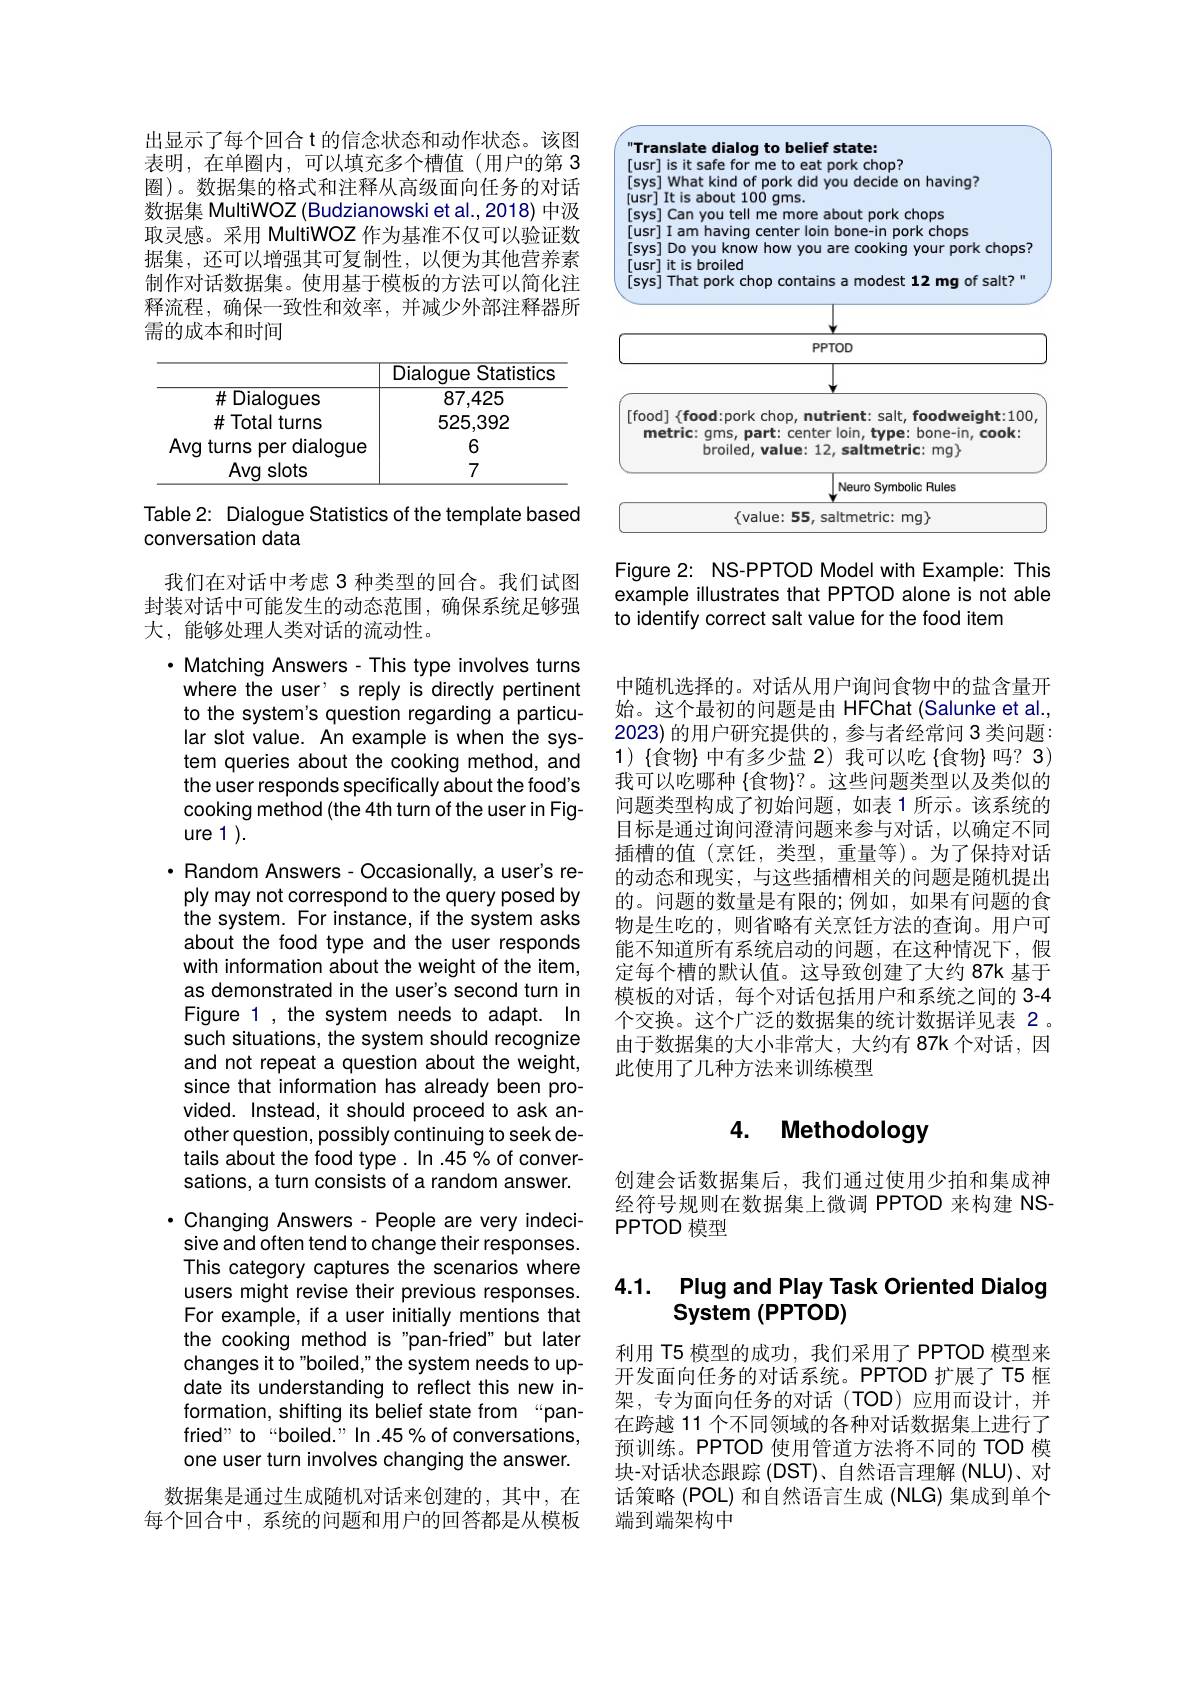
出显示了每个回合 t 的信念状态和动作状态。该图表明，在单圈内，可以填充多个槽值(用户的第 3圈)。数据集的格式和注释从高级面向任务的对话数据集 MultiWOZ (Budzianowski et al.,2018) 中汲取灵感。采用 MultiWOZ 作为基准不仅可以验证数据集，还可以增强其可复制性，以便为其他营养素制作对话数据集。使用基于模板的方法可以简化注释流程，确保一致性和效率，并减少外部注释器所需的成本和时间

<table>
	<tbody>
		<tr>
			<th> </th>
			<th>Dialogue Statistics</th>
		</tr>
		<tr>
			<td>$\#$Dialogues</td>
			<td>87,425</td>
		</tr>
		<tr>
			<td>$\#$Total turns</td>
			<td>525,392</td>
		</tr>
		<tr>
			<td>Avq turns per dialoque</td>
			<td>6</td>
		</tr>
		<tr>
			<td>Avg slots</td>
			<td>7</td>
		</tr>
	</tbody>
</table>

Table 2: Dialogue Statistics of the template based
conversation data

我们在对话中考虑 3 种类型的回合。我们试图封装对话中可能发生的动态范围，确保系统足够强大，能够处理人类对话的流动性。

$\cdot$ Matching Answers- This type involves turns where the user' s reply is directly pertinent to the system's question regarding a particular slot value. An example is when the system queries about the cooking method, and the user responds specifically about the food's cooking method (the 4th turn of the user in Figure 1 ).
$\cdot$ Random Answers- Occasionally, a user's reply may not correspond to the query posed by the system. For instance, if the system asks about the food type and the user responds with information about the weight of the item, as demonstrated in the user's second turn in Figure 1 , the system needs to adapt. In such situations, the system should recognize and not repeat a question about the weight, since that information has already been provided. Instead, it should proceed to ask another question, possibly continuing to seek details about the food type. In .45% of conversations, a turn consists of a random answer. $\cdot$ Changing Answers- People are very indecisive and often tend to change their responses. This category captures the scenarios where users might revise their previous responses. For example, if a user initially mentions that the cooking method is"pan-fried" but later changes it to "boiled," the system needs to update its understanding to reflect this new information, shifting its belief state from “panfried" to“boiled.”In .45% of conversations, one user turn involves changing the answer. 数据集是通过生成随机对话来创建的，其中，在
每个回合中，系统的问题和用户的回答都是从模板

<FigureHere>

Figure 2: NS-PPTOD Model with Example: This example illustrates that PPTOD alone is not able to identify correct salt value for the food item

中随机选择的。对话从用户询问食物中的盐含量开始。这个最初的问题是由 HFChat (Salunke et al. 2023)的用户研究提供的 , 参与者经常问 3 类问题： $1)\{$食物$\}$ 中有多少盐 2)我可以吃{食物}吗？3) 我可以吃哪种 {食物}?。这些问题类型以及类似的问题类型构成了初始问题，如表 1 所示。该系统的目标是通过询问澄清问题来参与对话，以确定不同插槽的值(烹饪，类型，重量等)。为了保持对话的动态和现实，与这些插槽相关的问题是随机提出的。问题的数量是有限的；例如，如果有问题的食物是生吃的，则省略有关烹饪方法的查询。用户可能不知道所有系统启动的问题，在这种情况下，假定每个槽的默认值。这导致创建了大约 87k 基于模板的对话，每个对话包括用户和系统之间的 3-4个交换。这个广泛的数据集的统计数据详见表 2 。由于数据集的大小非常大，大约有 87k 个对话，因此使用了几种方法来训练模型

# 4. Methodology

创建会话数据集后，我们通过使用少拍和集成神经符号规则在数据集上微调 PPTOD 来构建 NSPPTOD 模型

## 4.1. Plug and Play Task Oriented Dialog System (PPTOD)

利用 T5 模型的成功，我们采用了 PPTOD 模型来开发面向任务的对话系统。PPTOD 扩展了 T5 框架，专为面向任务的对话(TOD)应用而设计，并在跨越 11 个不同领域的各种对话数据集上进行了预训练。PPTOD 使用管道方法将不同的 TOD 模块-对话状态跟踪 (DST)、自然语言理解 (NLU)、对话策略 (POL) 和自然语言生成 (NLG) 集成到单个端到端架构中